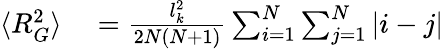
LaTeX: \begin{array}{rl}{\langle R_{G}^{2}\rangle}&{{}=\frac{l_{k}^{2}}{2N(N+1)}\sum_{i=1}^{N}\sum_{j=1}^{N}|i-j|}\end{array}